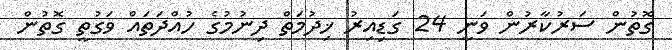
ގޮތުން ސަރުކާރުން ވަނީ 24 ގަޑިއިރު ޚިދުމަތް ދިނުމުގެ ހުއްދަތައް ވަގުތީ ގޮތުން